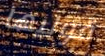
قوليها